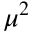
\mu ^ { 2 }